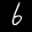
Label: 6